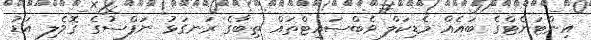
އިންޓަނެޓްގެ ބައެއް މެޑިކަލް ވެބްސައިޓްތައް ތިބާގެ ރަނގަޅު ނަފްސުގެ ގޮވެލި އަޑު